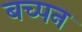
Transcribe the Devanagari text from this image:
बच्पन